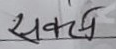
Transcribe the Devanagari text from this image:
सकछ्य